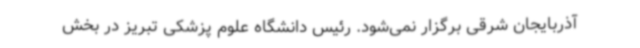
آذربایجان شرقی برگزار نمی‌شود. رئیس دانشگاه علوم پزشکی تبریز در بخش